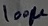
Text: 100µ